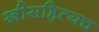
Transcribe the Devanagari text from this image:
स्त्रीसहित्यच